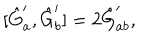
LaTeX: [ \hat { G } _ { a } ^ { \prime } , \hat { G } _ { b } ^ { \prime } ] = 2 \hat { G } _ { a b } ^ { \prime } ,